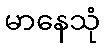
မာနေသုံ